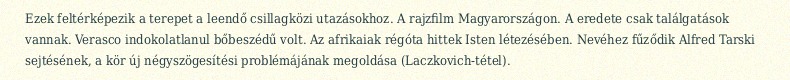
Ezek feltérképezik a terepet a leendő csillagközi utazásokhoz. A rajzfilm Magyarországon. A eredete csak találgatások vannak. Verasco indokolatlanul bőbeszédű volt. Az afrikaiak régóta hittek Isten létezésében. Nevéhez fűződik Alfred Tarski sejtésének, a kör új négyszögesítési problémájának megoldása (Laczkovich-tétel).